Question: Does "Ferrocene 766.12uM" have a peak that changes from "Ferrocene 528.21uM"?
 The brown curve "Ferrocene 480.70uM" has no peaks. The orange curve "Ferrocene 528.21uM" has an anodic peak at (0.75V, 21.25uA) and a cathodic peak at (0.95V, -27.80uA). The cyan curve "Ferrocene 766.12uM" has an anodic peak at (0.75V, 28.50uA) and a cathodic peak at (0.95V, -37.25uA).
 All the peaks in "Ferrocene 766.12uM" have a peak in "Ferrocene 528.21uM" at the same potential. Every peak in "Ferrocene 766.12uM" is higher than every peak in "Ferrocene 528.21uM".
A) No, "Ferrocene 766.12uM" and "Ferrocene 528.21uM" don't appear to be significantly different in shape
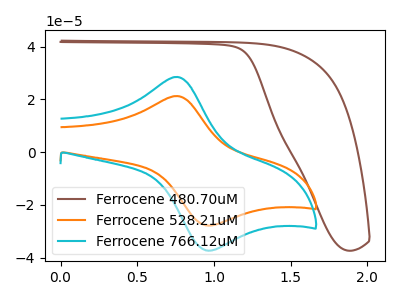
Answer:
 <answer>A) No, "Ferrocene 766.12uM" and "Ferrocene 528.21uM" don't appear to be significantly different in shape</answer>
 <eval>A</eval>